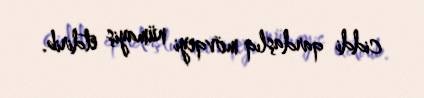
ciddi qardaşlıq mövqeyi nümayiş etdirib.